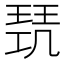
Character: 𭹥